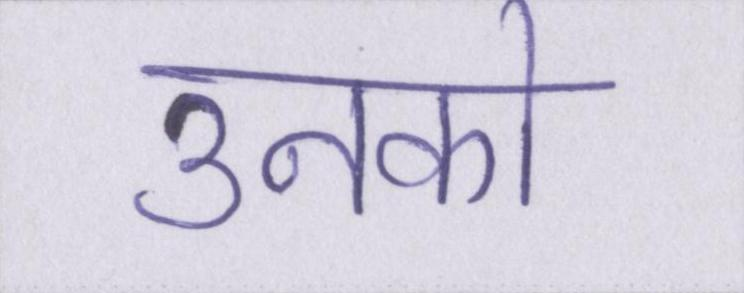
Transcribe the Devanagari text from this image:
उनको